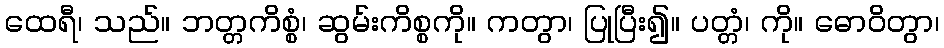
ထေရီ၊ သည်။ ဘတ္တကိစ္စံ၊ ဆွမ်းကိစ္စကို။ ကတွာ၊ ပြုပြီး၍။ ပတ္တံ၊ ကို။ ဓောဝိတွာ၊